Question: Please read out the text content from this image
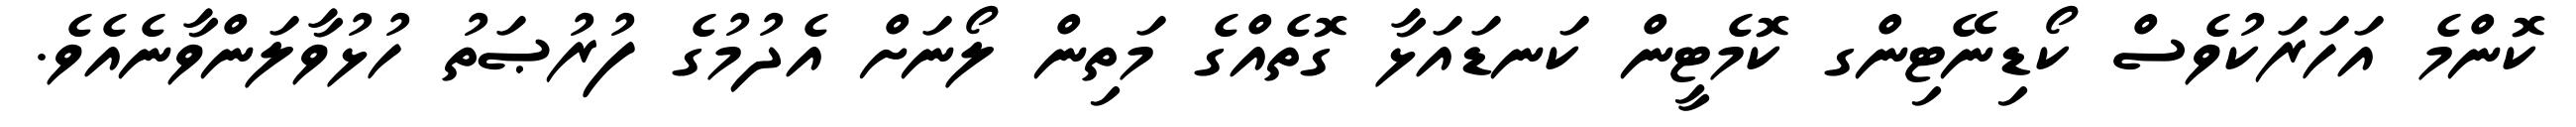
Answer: ކޮންމެ އަހަރަކުވެސް ކޯޑިނޭޓިންގ ކޮމެޓީން ކަނޑައަޅާ ގޮތެއްގެ މަތިން ލޯނަށް އެދުމުގެ ފުރުޞަތު ހުޅުވާލަންވާނެއެވެ.